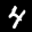
Label: 4